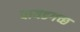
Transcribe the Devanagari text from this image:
वायडगच्छ